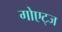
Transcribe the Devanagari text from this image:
गोएट्ज